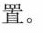
置。